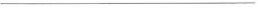
___